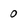
Character: 0